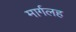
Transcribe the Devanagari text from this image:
मार्गलह